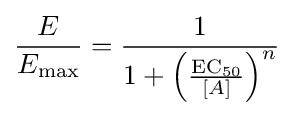
{\frac {E}{E_{\mathrm {max} }}}={\frac {1}{1+\left({\frac {\mathrm {EC} _{50}}{[A]}}\right)^{n}}}